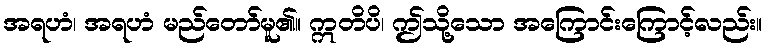
အရဟံ၊ အရဟံ မည်တော်မူ၏။ ဣတိပိ၊ ဤသို့သော အကြောင်းကြောင့်လည်း။